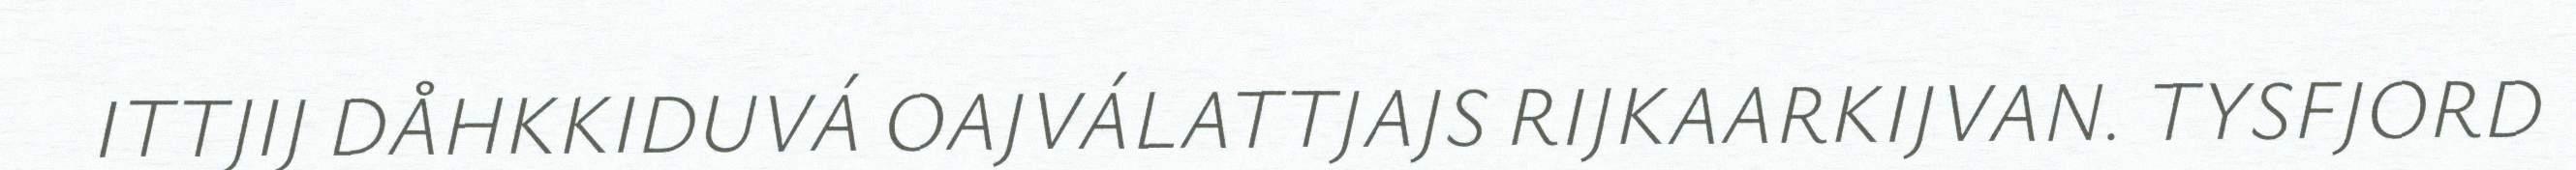
ITTJIJ DÅHKKIDUVÁ OAJVÁLATTJAJS RIJKAARKIJVAN. TYSFJORD